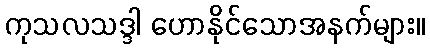
ကုသလသဒ္ဒါ ဟောနိုင်သောအနက်များ။